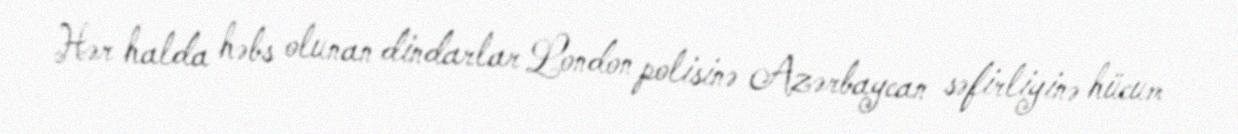
Hər halda həbs olunan dindarlar London polisinə Azərbaycan səfirliyinə hücum